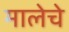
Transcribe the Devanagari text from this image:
मालेचे